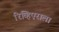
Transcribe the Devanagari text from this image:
रिव्हिएराला